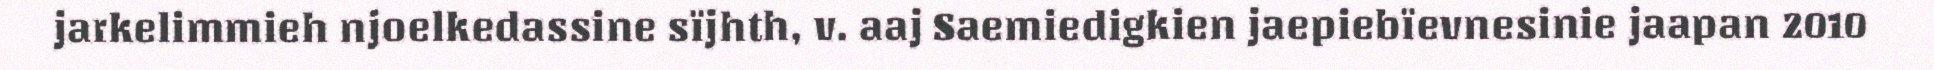
jarkelimmieh njoelkedassine sïjhth, v. aaj Saemiedigkien jaepiebïevnesinie jaapan 2010